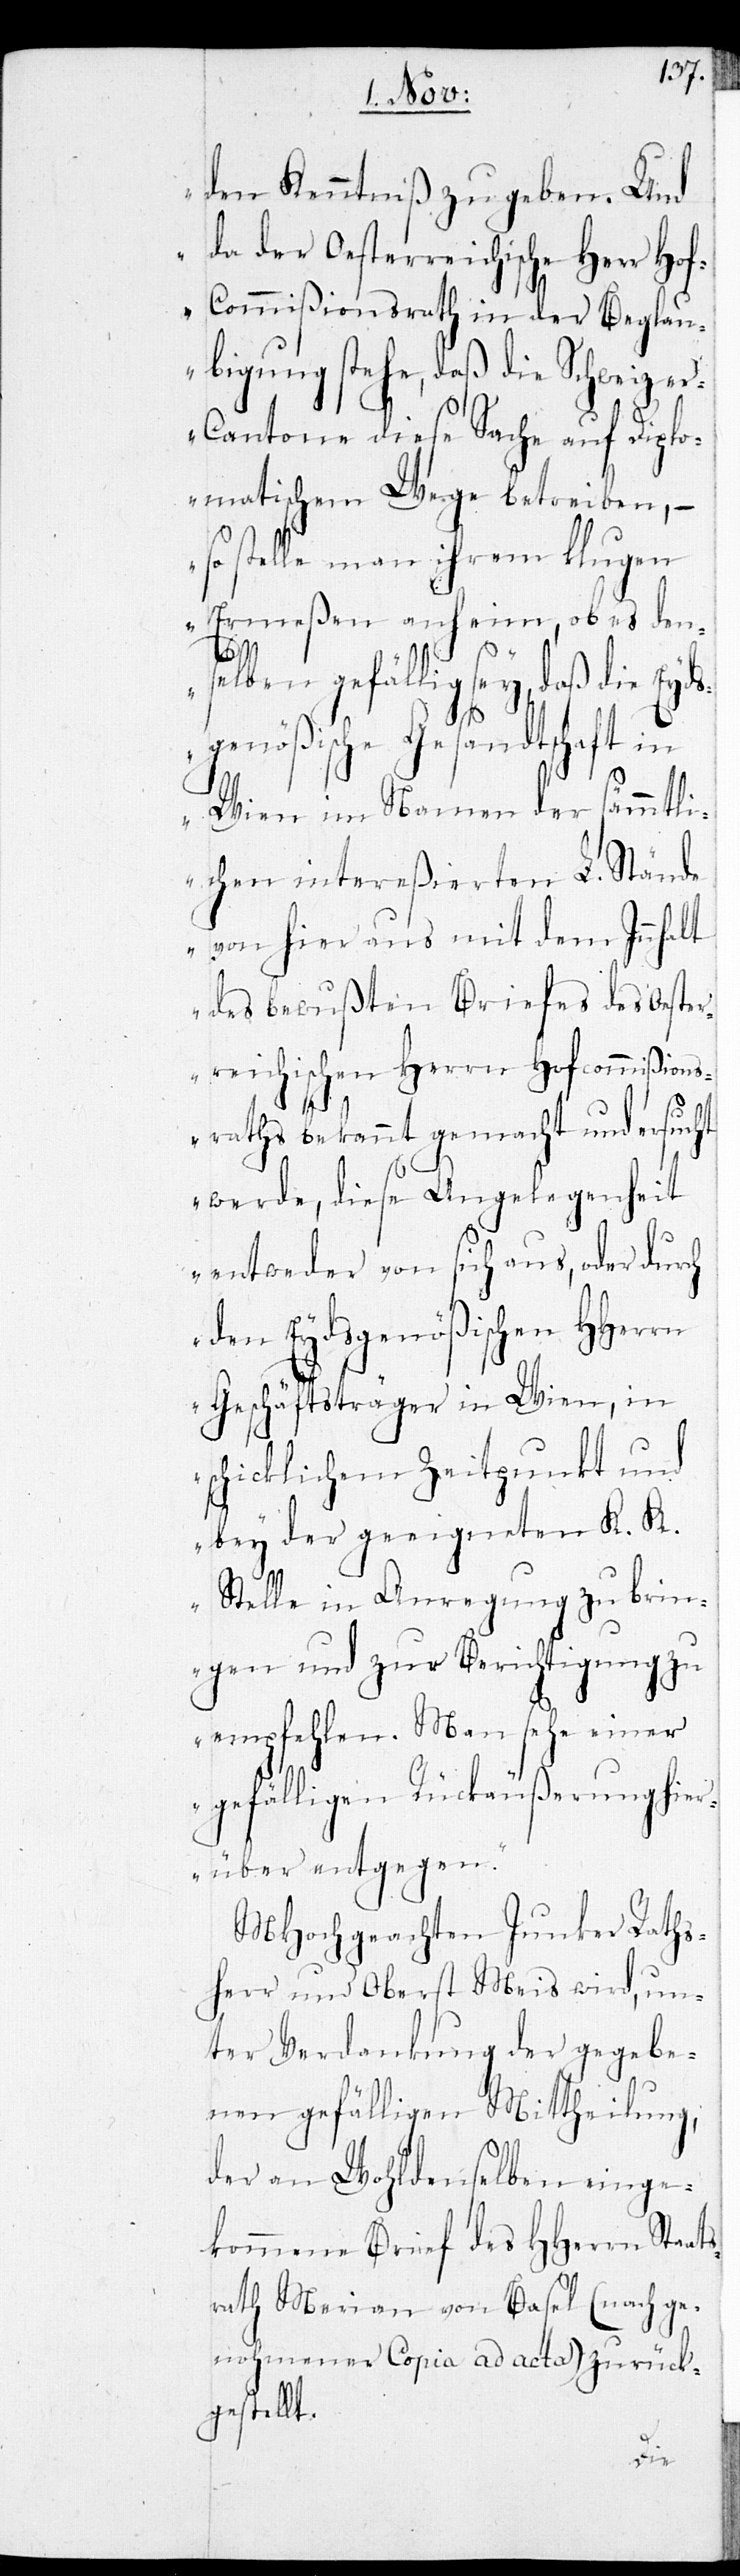
den Kenntniß zu geben. Und
da der Oesterreichische Herr Ho¬
f-Commißionsrath in der Beglau¬
bigung stehe, daß die Schweize¬
r-Cantone diese Sache auf Diplo¬
matische Wege betreiben, –
so stelle man ihrem klugen
Ermeßen anheim, ob es den¬
ch
selben gefällig sey, daß die Eyds¬
genößische Gesandtschaft in
Wien im Namen der sämmtli¬
chen intereßierten L. Stände
von hier aus mit dem Innhalt
des bewußten Briefes des Oeste¬
rreichischen Herrn Hofcommißions¬
raths bekannt gemacht und ersucht
werde, diese Angelegenheit
entweder von sich aus, oder dur¬
den Eydsgenößischen HHer¬
in
Geschäftsträger in Wien,
schicklichem Zeitpunkt und
bey der geeigneten K. K.
Stelle in Anregung zu brin¬
gen und zur Berichtigung zu
empfehlen. Man sehe einer
gefälligen Rückäußerung hie¬
rüber entgegen.“
MHochgeachten Junker Raths¬
herr und Oberst Meis wird, un¬
ter Verdankung der gegebe¬
nen gefälligen Mittheilung,
der an Wohldenselben einge¬
kommenen Brief des HHerrn Staat¬
srath Merian von Basel (nach ge¬
nohmener Kopia ad acta) zurück¬
gestellt.